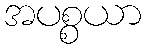
အပစ္စယာ